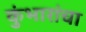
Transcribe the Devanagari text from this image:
कुंभारांचा